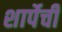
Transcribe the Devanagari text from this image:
शार्पेची